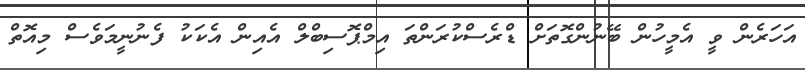
އަހަރެން ވީ އެމީހުން ބޭނުންގޮތަށް ޑްރެސްކުރަންތަ އިމްޕޮސިބްލް އެއިން އެކަކު ފެނުނީމަވެސް މިއޮތް